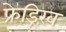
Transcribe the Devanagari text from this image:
फ्रेड्रिख़